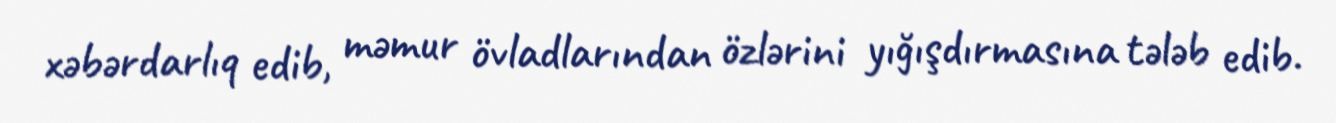
xəbərdarlıq edib, məmur övladlarından özlərini yığışdırmasına tələb edib.